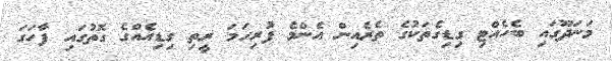
މަނަދޫގައި ބެހެއްޓި ގިޑިގެތަކުގެ ތެރެއިން އެންމެ ފުރިހަމަ ރީތި ގިޑިއެއްގެ ގޮތުގައި ފާހަގަ